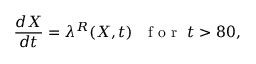
\frac { d X } { d t } = \lambda ^ { R } ( X , t ) \ \ \mathrm { ~ f ~ o ~ r ~ } \ t > 8 0 ,